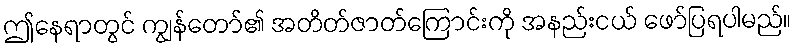
ဤနေရာတွင် ကျွန်တော်၏ အတိတ်ဇာတ်ကြောင်းကို အနည်းငယ် ဖော်ပြရပါမည်။